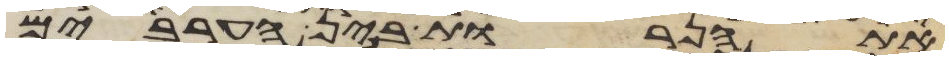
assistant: את הנרות בין הערבים